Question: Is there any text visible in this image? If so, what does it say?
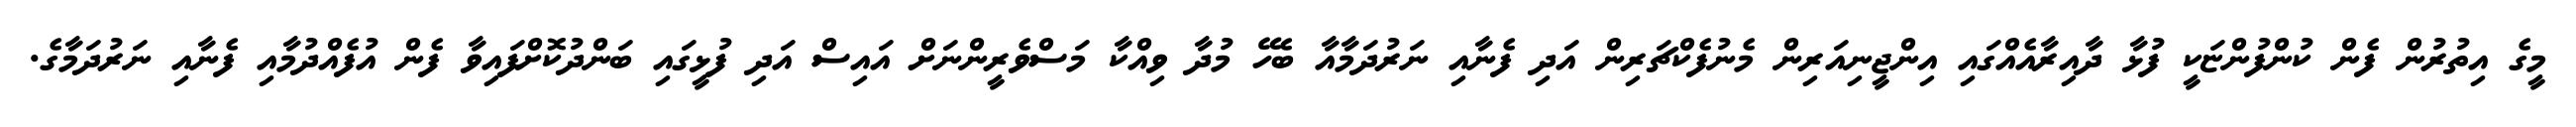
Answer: މީގެ އިތުރުން ފެން ކުންފުންޏަކީ ފުޅާ ދާއިރާއެއްގައި އިންޖީނިއަރިން މެނުފެކްޗަރިން އަދި ފެނާއި ނަރުދަމާއާ ބެހޭ މުދާ ވިއްކާ މަސްވެރީންނަށް އައިސް އަދި ފުޅީގައި ބަންދުކޮށްފައިވާ ފެން އުފެއްދުމާއި ފެނާއި ނަރުދަމާގެ.